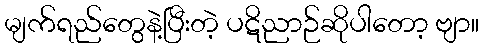
မျက်ရည်တွေနဲ့ပြီးတဲ့ ပဋိညာဉ်ဆိုပါတော့ ဗျာ။